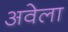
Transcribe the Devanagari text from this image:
अवेला